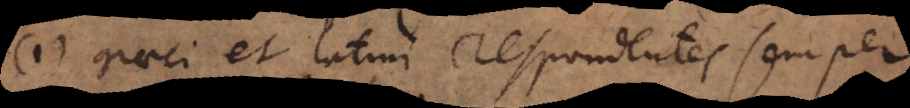
(1) Graeci et latini respondentes semper